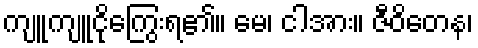
ကျူကျူငိုကြွေးရ၏။ မေ၊ ငါအား။ ဇီဝိတေန၊